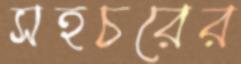
সহচরের